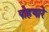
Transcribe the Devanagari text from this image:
पोहणारे